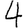
Digit: 4